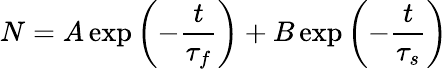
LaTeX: N=A\exp\left(-{\frac{t}{{\tau}_{f}}}\right)+B\exp\left(-{\frac{t}{{\tau}_{s}}}\right)